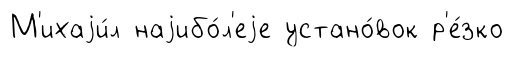
М'ихаjи́л наjибо́л'еjе устано́вок р'е́зко